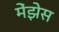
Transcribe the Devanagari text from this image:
मेंझेस